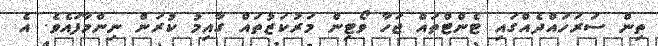
ތިން ސަރަހައްދެއްގައި ޓެންޓްތައް ޖަހާ ވޯޓިން މަރުކަޒުތައް ގާއިމު ކުރަން ނިންމާފައެވެ. އެ